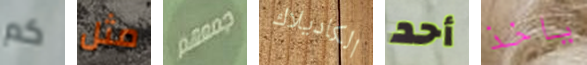
كم مثل جمعهم الكاديلاك أحد ياخذ